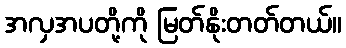
အလှအပတို့ကို မြတ်နိုးတတ်တယ်။